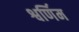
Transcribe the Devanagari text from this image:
श्वर्णिम